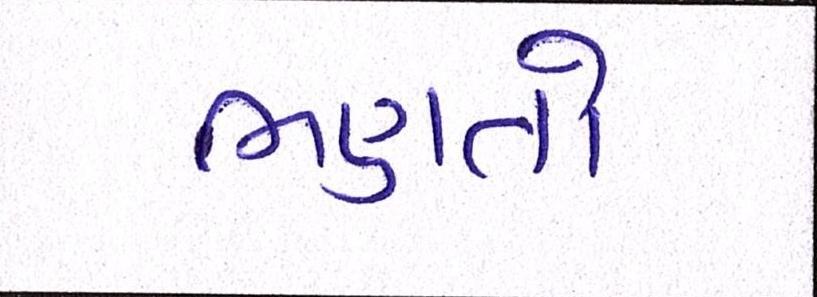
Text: ભણતો